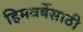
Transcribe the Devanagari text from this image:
हिमवर्षेसाठी